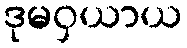
ဒုမဝှယာယ